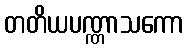
တတိယပဏ္ဏာသကော